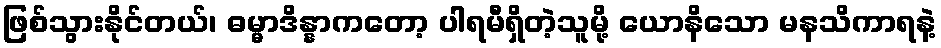
ဖြစ်သွားနိုင်တယ်၊ ဓမ္မာဒိန္နာကတော့ ပါရမီရှိတဲ့သူမို့ ယောနိသော မနသိကာရနဲ့